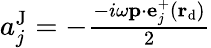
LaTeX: \begin{array}{r}{a_{j}^{\mathrm{J}}=-\frac{-i\omega\mathbf{p}\cdot\mathbf{e}_{j}^{+}(\mathbf r_{\mathrm{d}})}{2}}\end{array}